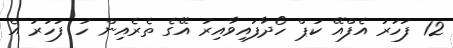
12 ފަހަރު އެފްއޭ ކަޕް ހޯދާފައިވާއިރު އޭގެ ތެރެއިން ހަ ފަހަރު އެ